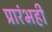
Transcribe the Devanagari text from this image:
प्रारंभही